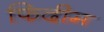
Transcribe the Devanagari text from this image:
फिदीम